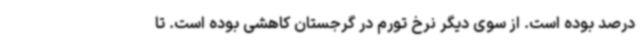
درصد بوده است. از سوی دیگر نرخ تورم در گرجستان کاهشی بوده است. تا